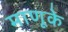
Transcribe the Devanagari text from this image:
माणूके